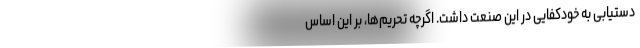
دستیابی به خودکفایی در این صنعت داشت. اگرچه تحریم‌ها، بر این اساس